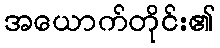
အယောက်တိုင်း၏